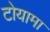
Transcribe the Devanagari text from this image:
टोयामा